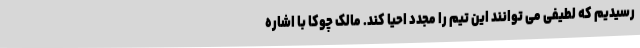
رسیدیم که لطیفی می توانند این تیم را مجدد احیا کند. مالک چوکا با اشاره